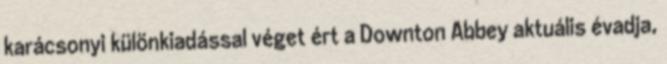
karácsonyi különkiadással véget ért a Downton Abbey aktuális évadja,